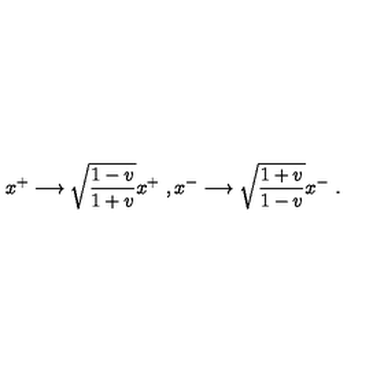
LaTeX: x ^ { + } \longrightarrow \sqrt { { \frac { 1 - v } { 1 + v } } } x ^ { + } \ , x ^ { - } \longrightarrow \sqrt { { \frac { 1 + v } { 1 - v } } } x ^ { - } \ .